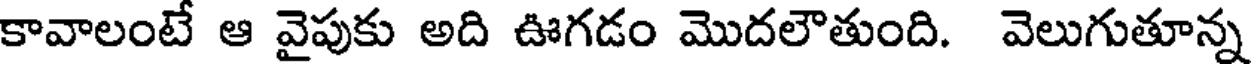
కావాలంటే ఆ వైపుకు అది ఊగడం మొదలౌతుంది. వెలుగుతూన్న